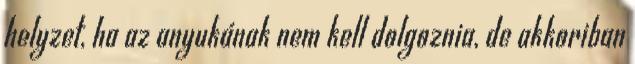
helyzet, ha az anyukának nem kell dolgoznia, de akkoriban